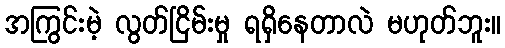
အကြွင်းမဲ့ လွတ်ငြိမ်းမှု ရရှိနေတာလဲ မဟုတ်ဘူး။